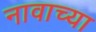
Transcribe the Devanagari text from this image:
नावाच्‍या